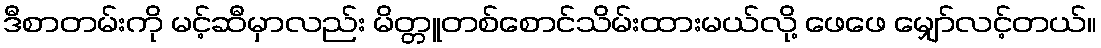
ဒီစာတမ်းကို မင့်ဆီမှာလည်း မိတ္တူတစ်စောင်သိမ်းထားမယ်လို့ ဖေဖေ မျှော်လင့်တယ်။